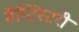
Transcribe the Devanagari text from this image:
बैप्टिस्टरी